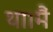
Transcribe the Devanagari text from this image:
था।मैं